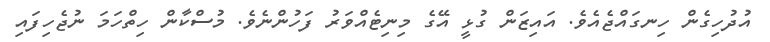
އުދުހިގެން ހިނގައްޖެއެވެ. އައިޒަން ގުޅީ އޭގެ މިނިޓެއްވަރު ފަހުންނެވެ. މުސްކާން ހިތްހަމަ ނުޖެހިފައި